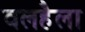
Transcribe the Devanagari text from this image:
वलहैला